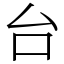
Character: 台